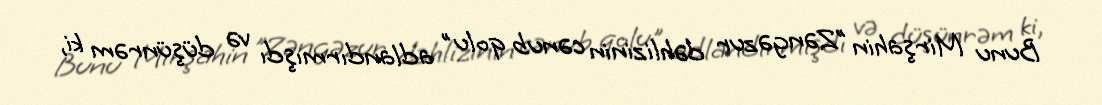
Bunu Mirşahin ”Zəngəzur dəhlizinin cənub qolu" adlandırmışdı və düşünrəm ki,